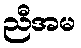
ညီအမ